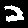
Digit: 2